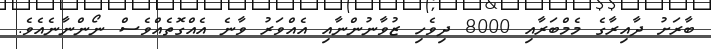
ބާރަށު ދާއިރާގެ މެމްބަރާއި 8000 ދިވެހި ޒުވާނުންނާއި އެއްވަރު ވާނެ އެއްގޮތެއްވެސް ނޯންނާނެއެވެ.